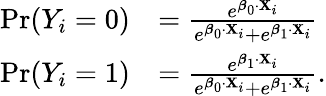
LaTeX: {\begin{array}{rl}{\operatorname*{Pr}(Y_{i}=0)}&{={\frac{e^{{\boldsymbol{\beta}}_{0}\cdot\mathbf{X}_{i}}}{e^{{\boldsymbol{\beta}}_{0}\cdot\mathbf{X}_{i}}+e^{{\boldsymbol{\beta}}_{1}\cdot\mathbf{X}_{i}}}}}\\ {\operatorname*{Pr}(Y_{i}=1)}&{={\frac{e^{{\boldsymbol{\beta}}_{1}\cdot\mathbf{X}_{i}}}{e^{{\boldsymbol{\beta}}_{0}\cdot\mathbf{X}_{i}}+e^{{\boldsymbol{\beta}}_{1}\cdot\mathbf{X}_{i}}}}.}\end{array}}